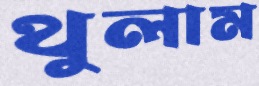
থুলাম